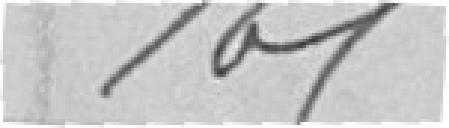
165